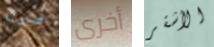
صمتا أخرى الأشقر